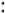
: